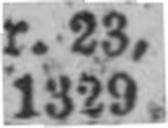
1329